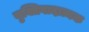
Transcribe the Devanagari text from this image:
युक्तिवादात्मक